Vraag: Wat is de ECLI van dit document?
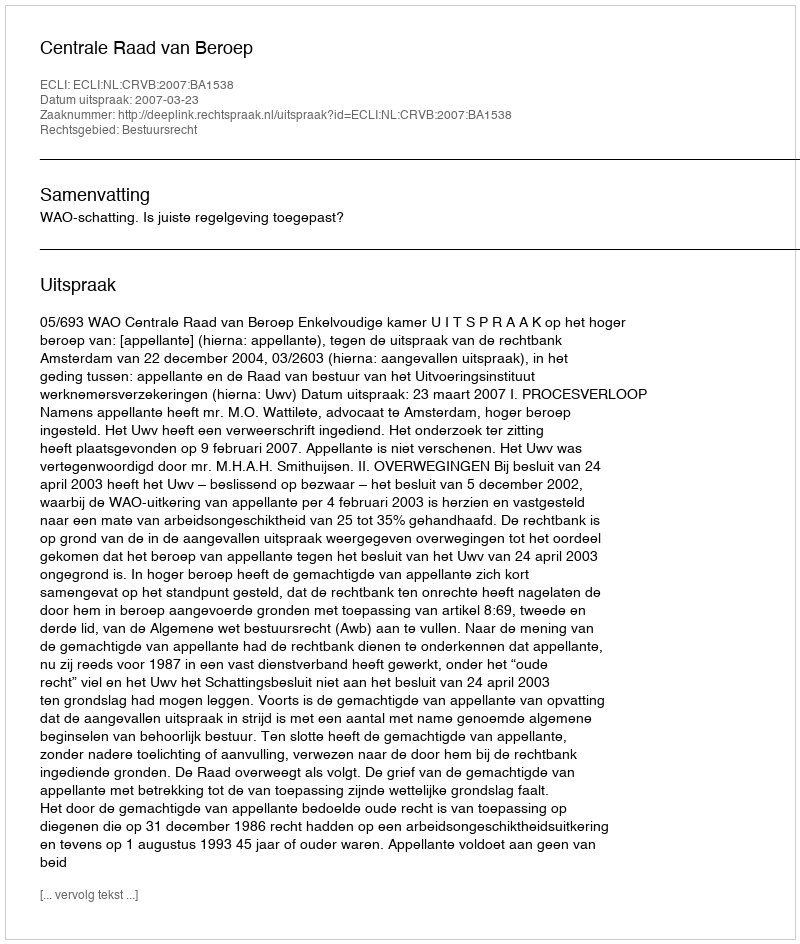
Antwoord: ECLI:NL:CRVB:2007:BA1538